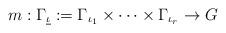
LaTeX: \begin{align*}m:\Gamma_{\underline{\iota}}:= \Gamma_{\iota_1}\times \cdots \times \Gamma_{\iota_{r}}\to G \end{align*}